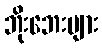
ဘိုးဘေးများ